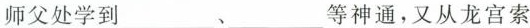
师父处学到___、___等神通，又从龙宫索